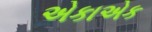
એકાએક